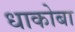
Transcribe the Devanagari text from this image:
धाकोबा